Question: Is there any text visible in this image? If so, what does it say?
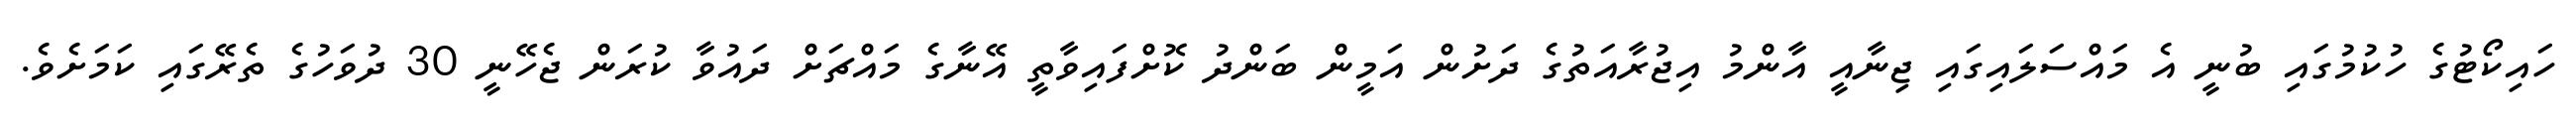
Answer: ހައިކޯޓުގެ ހުކުމުގައި ބުނީ އެ މައްސަލައިގައި ޖިނާއީ އާންމު އިޖުރާއަތުގެ ދަށުން އަމީން ބަންދު ކޮށްފައިވާތީ އޭނާގެ މައްޗަށް ދައުވާ ކުރަން ޖެހޭނީ 30 ދުވަހުގެ ތެރޭގައި ކަމަށެވެ.